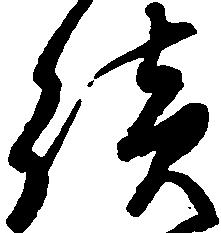
続